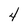
Character: 4